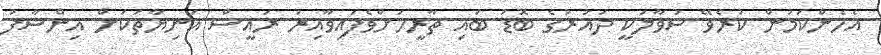
އެހެންކަމުން ކުރެވޭ ސުވާލަކީ ދައުރުގެ ބޮޑު ބައި ތާރީހަށްވެފައިވާއިރު ރައީސް އަނިޔާތަކަށް އިންސާފު